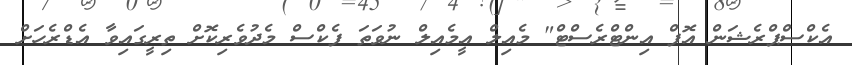
އެކްސްޕްރެޝަން އޮފް އިންޓްރެސްޓް" މެއިލް އީމެއިލް ނުވަތަ ފެކްސް މެދުވެރިކޮށް ތިރީގައިވާ އެޑްރެހަށް